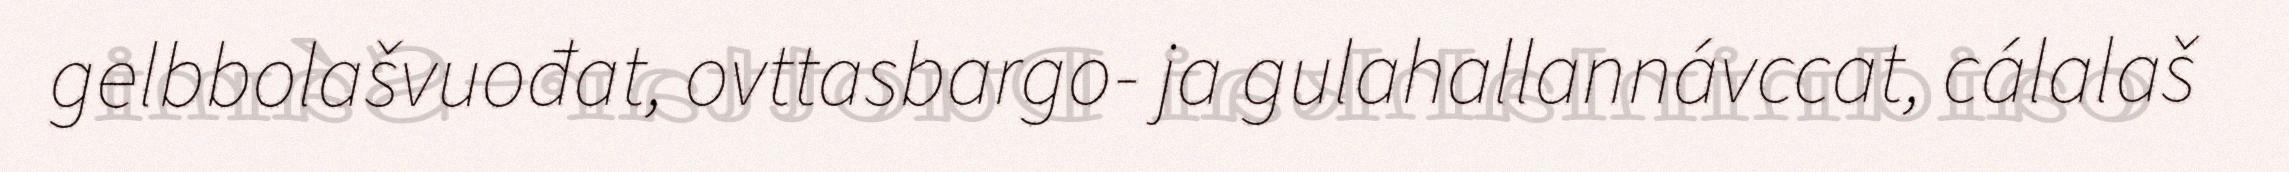
gelbbolašvuođat, ovttasbargo- ja gulahallannávccat, cálalaš